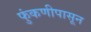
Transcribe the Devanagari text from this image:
फुंकणीपासून